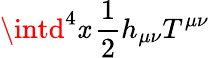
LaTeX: \intd^{4}\mathit{x}\, {\frac{{1}}{{2}}}h_{\mu\nu}T^{\mu\nu}